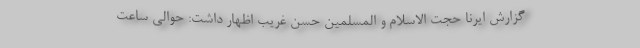
گزارش ایرنا حجت الاسلام و المسلمین حسن غریب اظهار داشت: حوالی ساعت